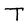
Character: T